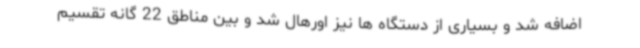
اضافه شد و بسیاری از دستگاه ها نیز اورهال شد و بین مناطق 22 گانه تقسیم